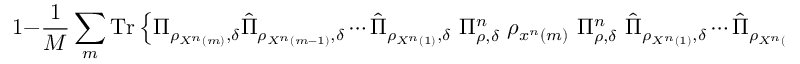
1 - { \frac { 1 } { M } } \sum _ { m } { \mathrm { T r } } \left\{ \Pi _ { \rho _ { X ^ { n } \left( m \right) } , \delta } { \hat { \Pi } } _ { \rho _ { X ^ { n } \left( m - 1 \right) } , \delta } \cdots { \hat { \Pi } } _ { \rho _ { X ^ { n } \left( 1 \right) } , \delta } \ \Pi _ { \rho , \delta } ^ { n } \ \rho _ { x ^ { n } \left( m \right) } \ \Pi _ { \rho , \delta } ^ { n } \ { \hat { \Pi } } _ { \rho _ { X ^ { n } \left( 1 \right) } , \delta } \cdots { \hat { \Pi } } _ { \rho _ { X ^ { n } \left( m - 1 \right) } , \delta } \Pi _ { \rho _ { X ^ { n } \left( m \right) } , \delta } \right\} .